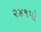
૨૪૧મો